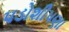
પડોશીપણા